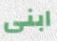
ابنى